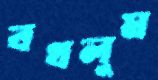
বখলুম